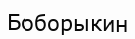
Боборыкин